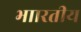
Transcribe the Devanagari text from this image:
भाारतीय